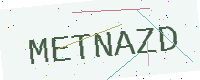
Text: METNAZD